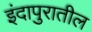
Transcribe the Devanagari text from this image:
इंदापुरातील